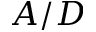
A / D